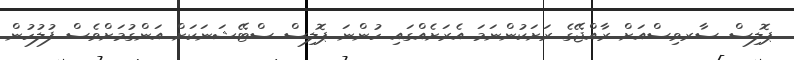
ޕޮލިސް ސާރވިސްއަށް ރާއްޖޭގެ ރަށަކުންނަމަ އެރަށެއްގައި ހުންނަ ޕޮލިސް ސްޓޭޝަނަކަށް އަންގުމަށްވެސް ފުލުހުން